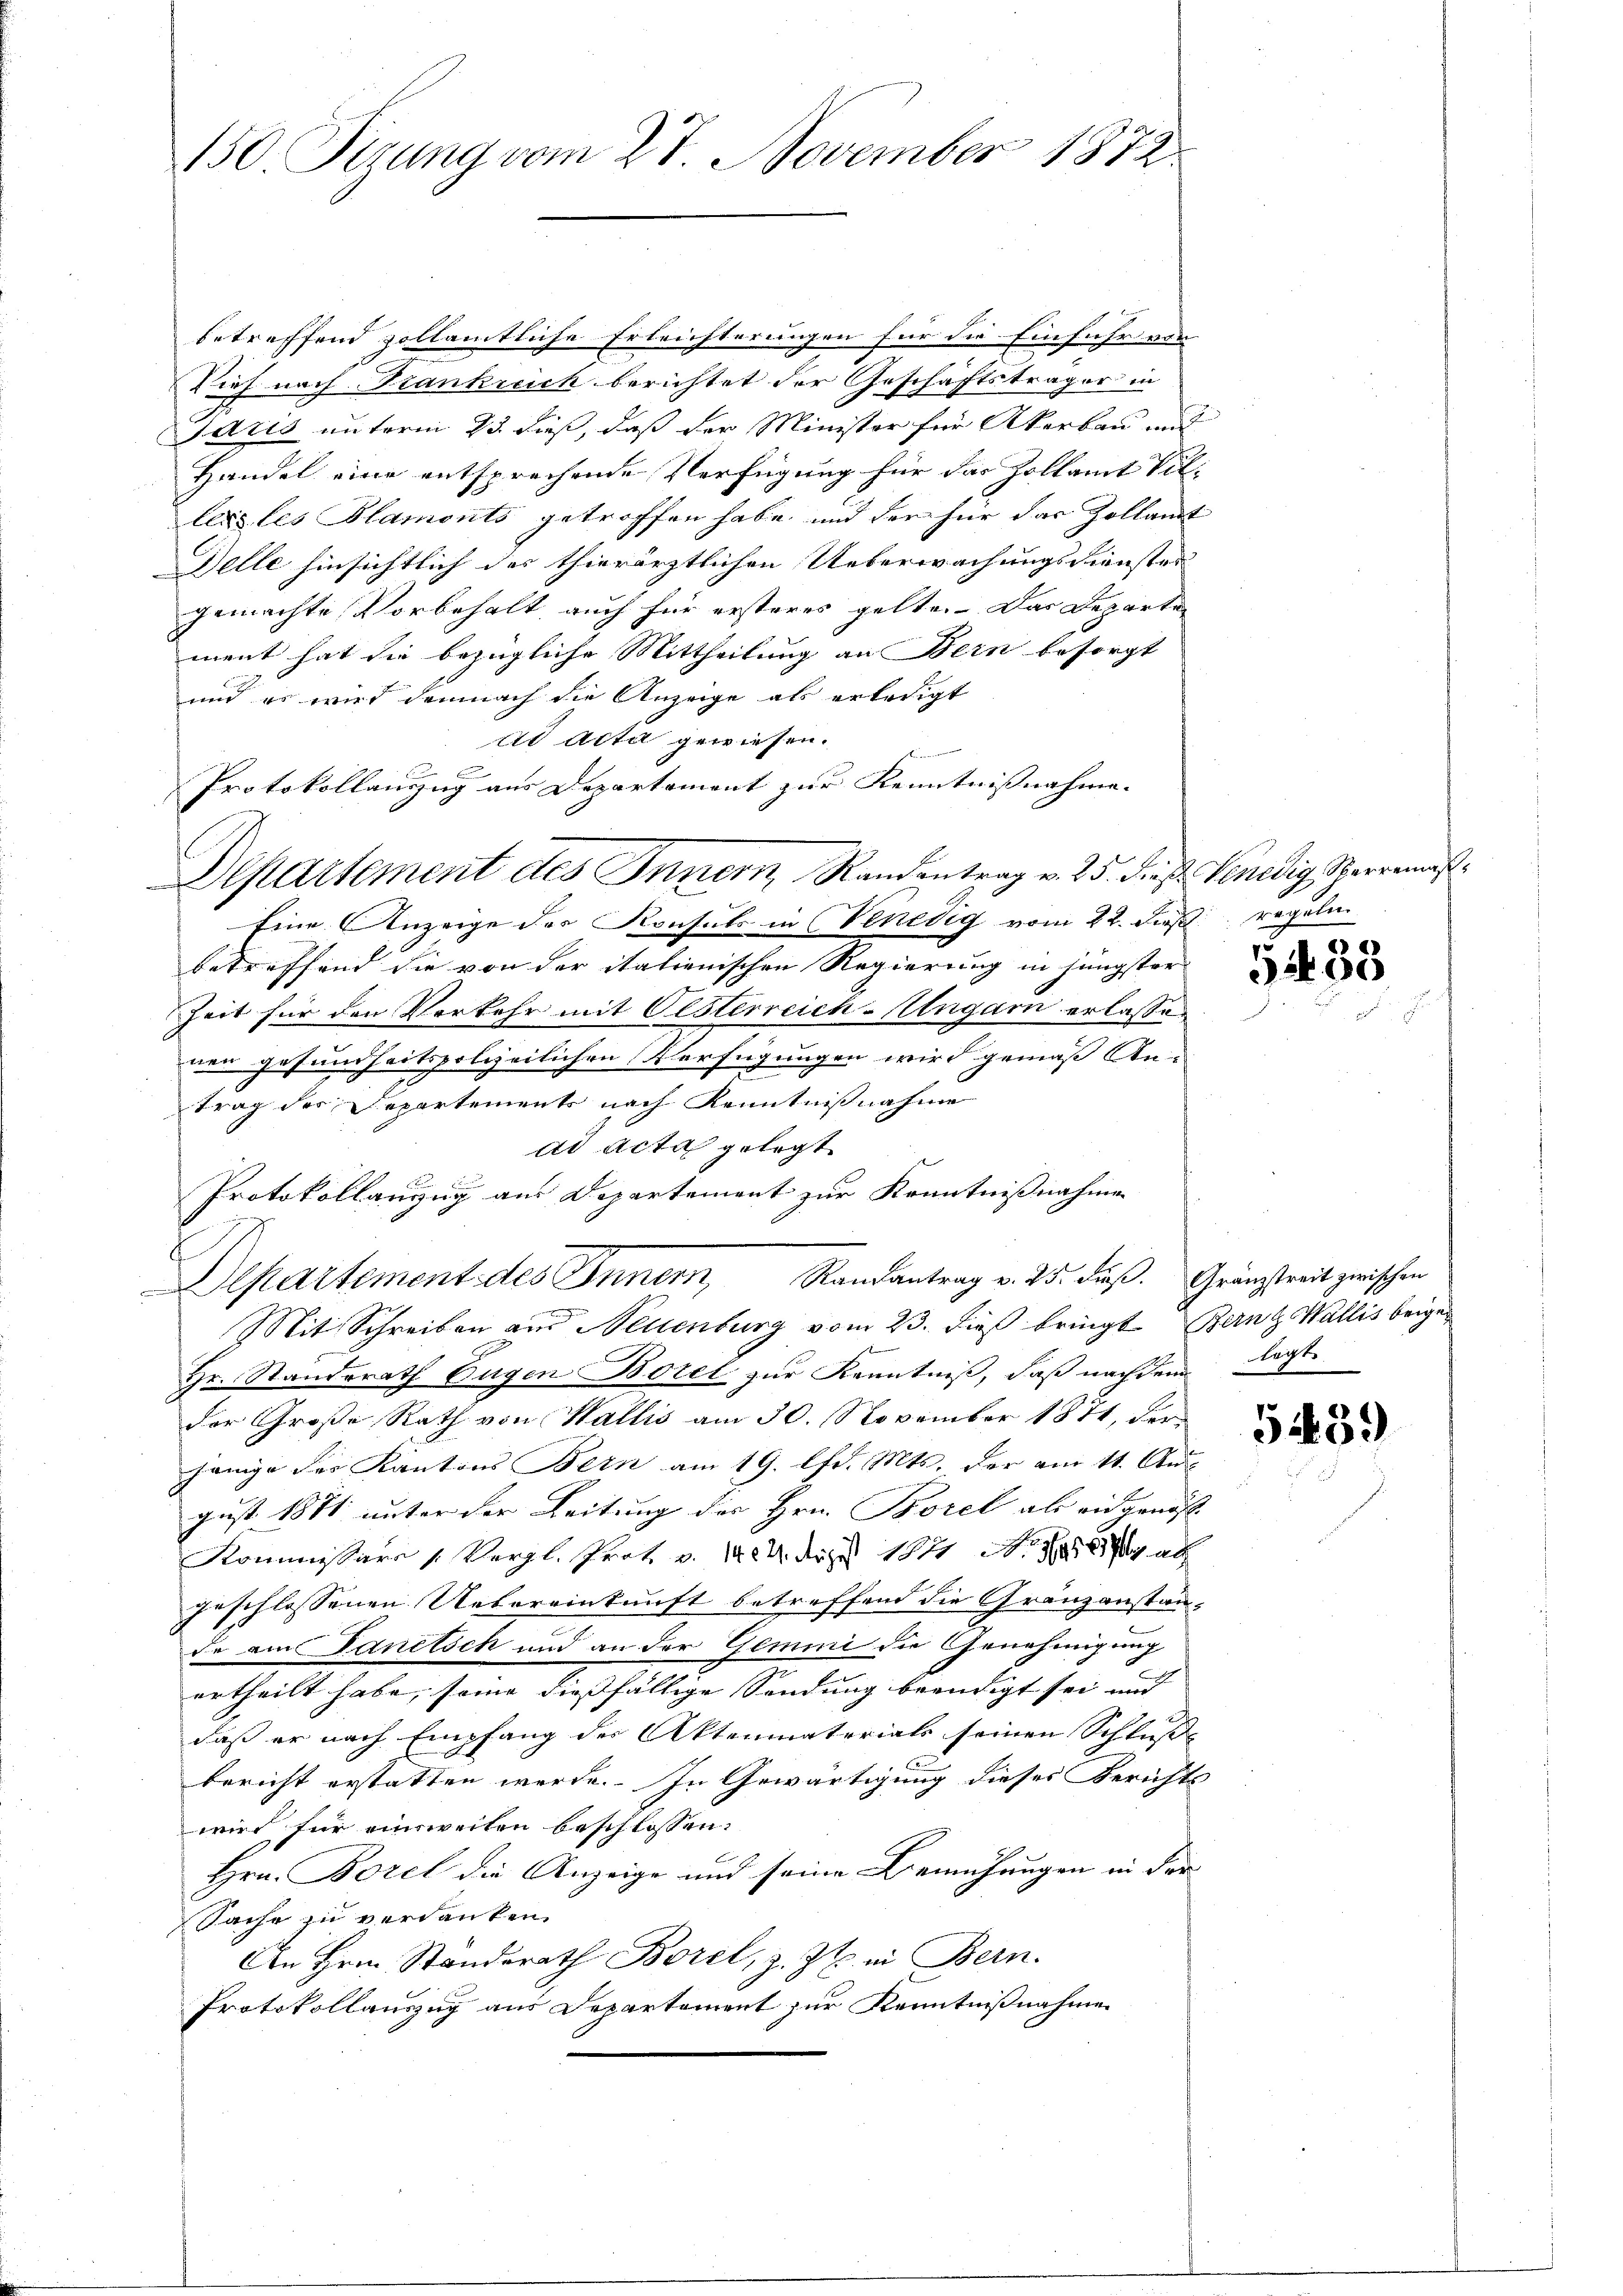
150 Sizung vom 27. November 1872

betreffend vollamtliche Erleichterungen für die Einfuhr vor
Vieh nach Frankreich berichtet der Geschäftsträger in
Jaris unterm 23. dieß, daß der Minister für Akerbau und
Handel eine entsprechende Verfügung für das Zollamt Villers les Blamonts getroffen habe, und der für das Zollamt
Delle hinsichtlich des thierärztlichen Ueberwachungsdienstes
gemachte Vorbehalt, auch für ersteres gelte. Das Departe
ment hat die bezügliche Mittheilung an Bern besorgt
und es wird demnach die Anzeige als erledigt
ad Acta gewiesen.
Mir in ein wir ge

Protokollauszug aus Departement zur Kenntnissnahme. |
Eine Anzeige des Konsuls in Venedig vom 22. dieß regelm
betreffend die von der italienischen Regierung in jüngster
Zeit für den Verkehr mit Oesterreich-Ungarn erlassen
mnen gesundheitspolizeilichen Verfügungen wird gemäß An-
trag des Departements nach Kenntnisnahme
ad Acta gelegt
Protokollanzug aus Departement zur Kenntnißnahmen
Departement des Inner, Randantrag v. 25. dieß. Gränzstreit zwischen
Mit Schreiben aus Neuenburg vom 23. dieß bringt Benz Wallis beigen
Hr. Standsrath Eugen Borel zur Kenntniß, daß nachdem legte
der Große Rath von Wallis am 30. November 1871, der
jenige des Kantons Bern am 19. lfd. Mts. der am 11. Aus
gust 1871 unter der Leitung des Hrn. Borel als eidgenosse |
Kommissärs / Vergl. Prot. v. 124. diese 1811. 1887 al
geschlossenen Uebereinkunft betreffend die Gränzanstande am Danetsch und an der Gemini die Genehmigung
urtheilt habe, sono diesfällige Sendung beendigt sei und |
daß er nach Empfang des Aktenmaterials seinen Schluße
bericht erstatten werde. In Gewärtigung dieses Berichts
wird für einsweilen beschlossen:
Hrn. Borel die Anzeige und seine Bemühungen in der
Sache zu verdanken.
An Hrn. Standerath Borel, z. Zt. in Bern.
Protokollauszug aus Departement zur Kenntnißnahmen

Departement des Innern, Randentrag v. 25. dieß Venedig, Sperrens

5433

5439